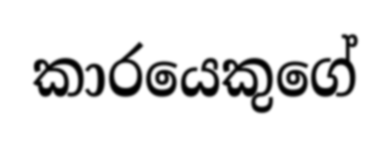
කාරයෙකුගේ